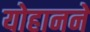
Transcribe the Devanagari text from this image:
योहानने